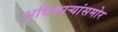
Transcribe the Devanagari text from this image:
अधिकाऱ्यांसमोर